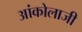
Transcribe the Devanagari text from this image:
आंकोलाजी